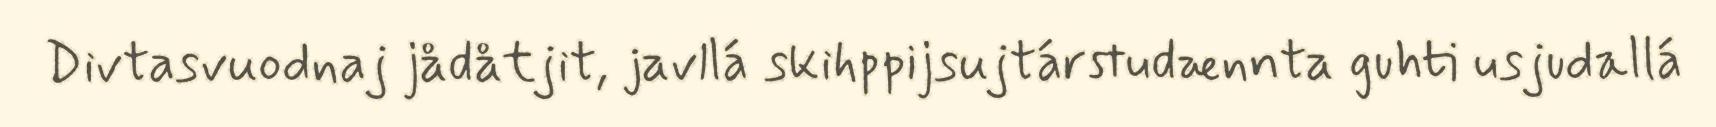
Divtasvuodnaj jådåtjit, javllá skihppijsujtárstudænnta guhti usjudallá